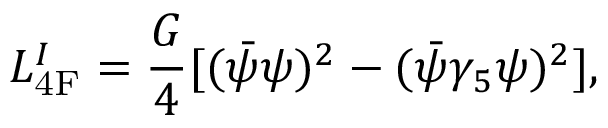
{ \cal L } _ { \mathrm { 4 F } } ^ { I } = \frac { G } { 4 } [ ( \bar { \psi } \psi ) ^ { 2 } - ( \bar { \psi } \gamma _ { 5 } \psi ) ^ { 2 } ] ,